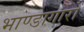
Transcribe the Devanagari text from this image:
भाण्डागारों